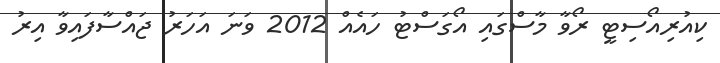
ކިއުރިއޯސިޓީ ރޯވާ މާސްގައި އޯގަސްޓު ހައެއް 2012 ވަނަ އަހަރު ޖައްސާފައިވާ އިރު